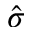
\hat { \sigma }